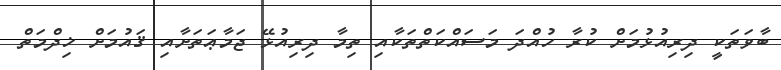
ބާވަތަކީ ދިރިއުޅުމަށް ކުރާ ހުއްދަ މަސައްކަތްތަކާއި ތިމާ ދިރިއުޅޭ ޖަމާޢަތަށާއި ޤައުމަށް ޚިދްމަތް